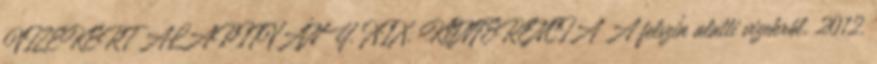
VIZEKÉRT ALAPÍTVÁNY. XIX. KONFERENCIA A felszín alatti vizekről. 2012.